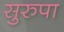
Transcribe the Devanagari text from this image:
सुरुपा